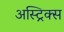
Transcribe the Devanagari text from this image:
अस्ट्रिक्स